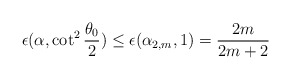
\begin{align*}\epsilon(\alpha,\cot^2\frac{\theta_0}{2}) \le \epsilon(\alpha_{2,m},1) = \frac{2m}{2m+2}\end{align*}